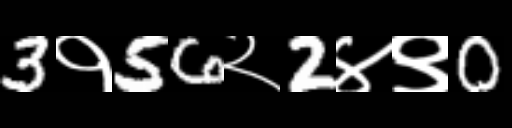
Text: 3१56२2४९0